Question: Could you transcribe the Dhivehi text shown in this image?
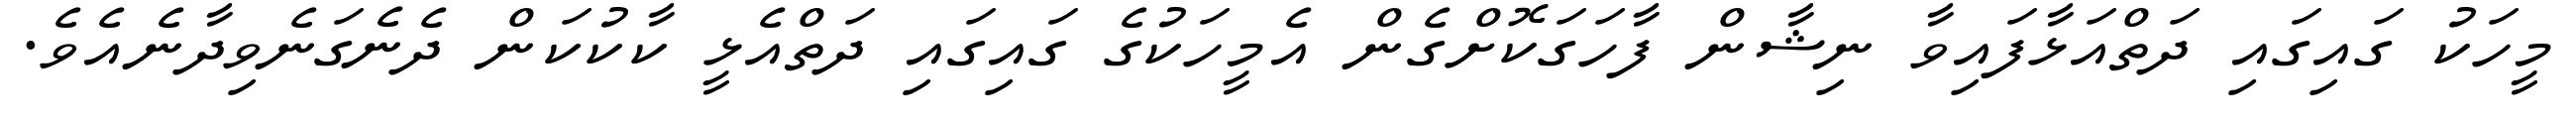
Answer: މީހަކު ގައިގައި ދަތްއަޅާފައިވާ ނިޝާން ފާހަގަކޮށްގެން އެމީހަކުގެ ގައިގައި ދަތްއެޅީ ކާކުކަން ދެނެގަނެވިދާނެއެވެ.